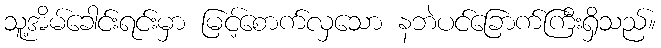
သူ့အိမ်ခေါင်းရင်းမှာ မြင့်စောက်လှသော နဘဲပင်ခြောက်ကြီးရှိသည်။